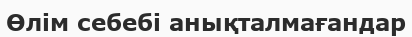
Өлім себебі анықталмағандар